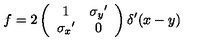
f = 2 \left( \begin{array} { c c } { 1 } & { { \sigma _ { y } } ^ { \prime } } \\ { { \sigma _ { x } } ^ { \prime } } & { 0 } \\ \end{array} \right) \delta ^ { \prime } ( x - y )